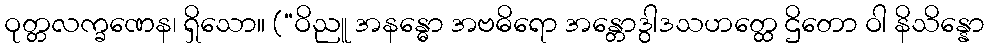
ဝုတ္တလက္ခဏေန၊ ရှိသော။ (“ဝိညူ အနန္ဓော အဗဓိရော အန္တောဒွါဒသဟတ္ထေ ဌိတော ဝါ နိသိန္နော